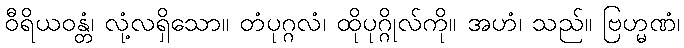
ဝီရိယဝန္တံ၊ လုံ့လရှိသော။ တံပုဂ္ဂလံ၊ ထိုပုဂ္ဂိုလ်ကို။ အဟံ၊ သည်။ ဗြဟ္မဏံ၊